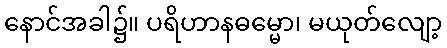
နောင်အခါ၌။ ပရိဟာနဓမ္မော၊ မယုတ်လျော့